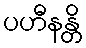
ပဟီနန္တိ